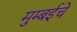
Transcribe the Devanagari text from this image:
मुम्बईचे